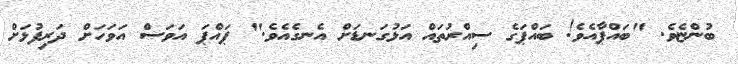
ބުންޏެވެ. "ބައްޕާއެވެ! ބައްޕަގެ ސިއްރުތައް އަޅުގަނޑަށް އެނގެއެވެ." ޕައްޕަ އަވަސް އަވަހަށް ދަރިފުޅަށް